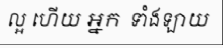
ល្អ ហើយ អ្នក ទាំងឡាយ